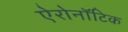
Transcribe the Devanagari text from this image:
ऐरोनॉटिक